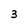
Character: 3